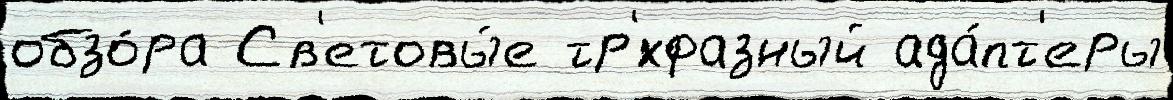
обзо́ра Св'етовы́е тр'́хфазный ада́пт'еры